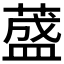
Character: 𦼦